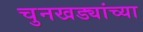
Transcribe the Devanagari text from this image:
चुनखड्यांच्या